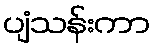
ပျံသန်းကာ